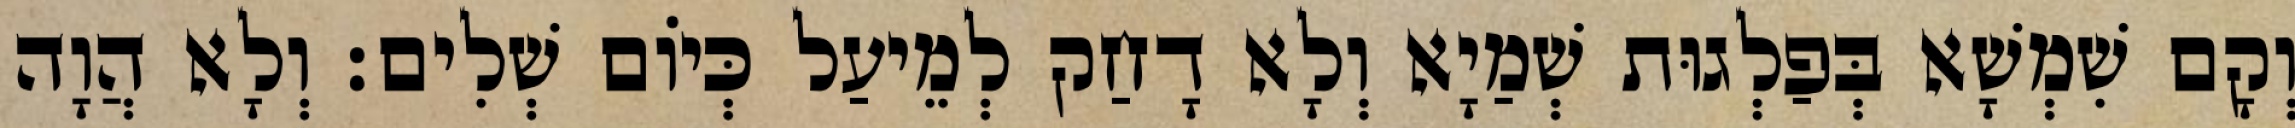
וְקָם שִׁמְשָׁא בְּפַלְגוּת שְׁמַיָא וְלָא דָחַק לְמֵיעַל כְּיוֹם שְׁלִים׃ וְלָא הֲוָה